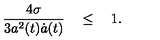
{ \frac { 4 \sigma } { 3 a ^ { 2 } ( t ) \dot { a } ( t ) } } \quad \le \quad 1 .